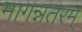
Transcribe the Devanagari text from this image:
मागन्नतरम्